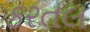
કરતલ